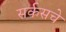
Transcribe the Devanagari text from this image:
सर्कसचे